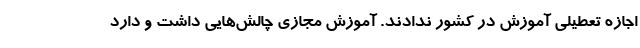
اجازه تعطیلی آموزش در کشور ندادند. آموزش مجازی چالش‌هایی داشت و دارد